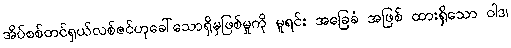
အိပ်စစ်တင်ရှယ်လစ်ဇင်ဟုခေါ်သောရှိမှဖြစ်မှုကို မူရင်း အခြေခံ အဖြစ် ထားရှိသော ဝါဒ၊